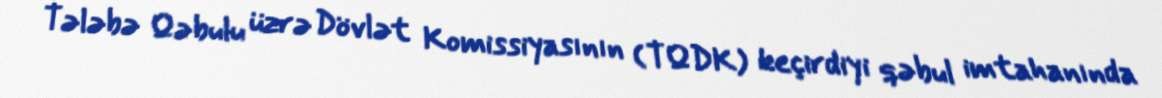
Tələbə Qəbulu üzrə Dövlət Komissiyasının (TQDK) keçirdiyi qəbul imtahanında